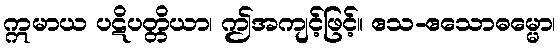
ဣမာယ ပဋိပတ္တိယာ၊ ဤအကျင့်ဖြင့်။ ဧသ-ဧသောဓမ္မော၊